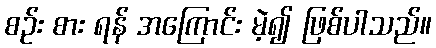
စဉ်း စား ရန် အကြောင်း မဲ့၍ ဖြစ်ပါသည်။